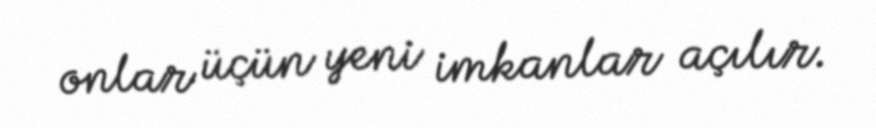
onlar üçün yeni imkanlar açılır.